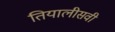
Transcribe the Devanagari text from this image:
तियालीसवी